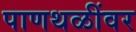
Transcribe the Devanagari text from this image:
पाणथळींवर